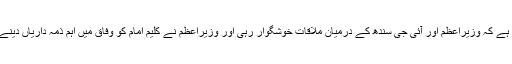
ذرائع کا کہنا ہے کہ وزیراعظم اور آئی جی سندھ کے درمیان ملاقات خوشگوار رہی اور وزیراعظم نے کلیم امام کو وفاق میں اہم ذمہ داریاں دینے کا عندیہ دیا۔